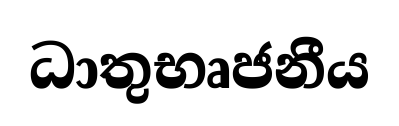
ධාතුභෘජනීය